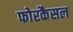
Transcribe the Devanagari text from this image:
फोरकैसल